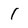
Character: 1